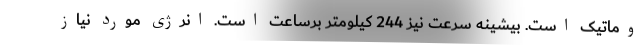
وماتیک است. بیشینه سرعت نیز 244 کیلومتر برساعت است. انرژی مورد نیاز